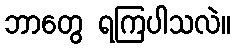
ဘာတွေ ရကြပါသလဲ။